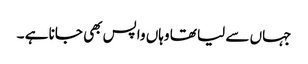
جہاں سے لیا تھا وہاں واپس بھی جانا ہے ۔